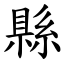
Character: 縣